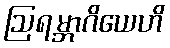
ဩရမ္ဘာဂိယေဟိ